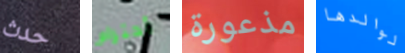
حدث أحترام مذعورة لوالدها